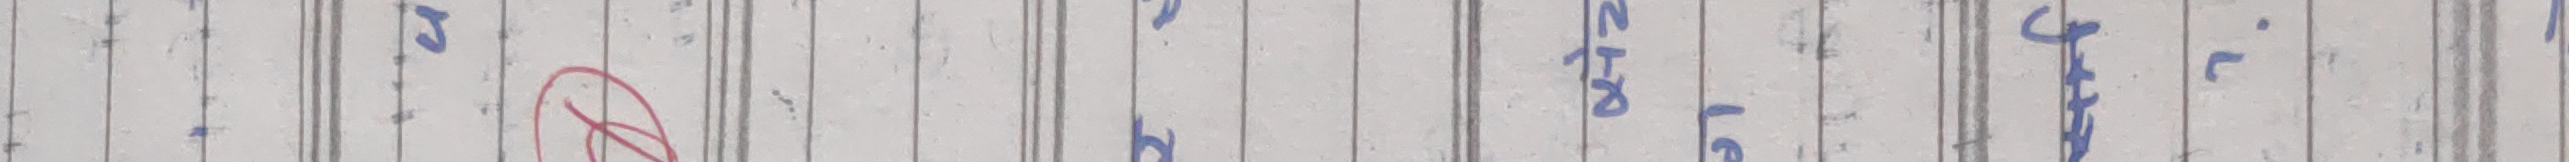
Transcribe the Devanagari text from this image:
उभन्टो थर